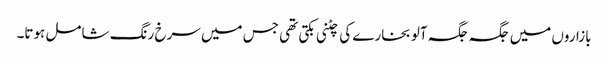
بازاروں میں جگہ جگہ آلو بخارے کی چٹنی بکتی تھی جس میں سرخ رنگ شامل ہوتا۔